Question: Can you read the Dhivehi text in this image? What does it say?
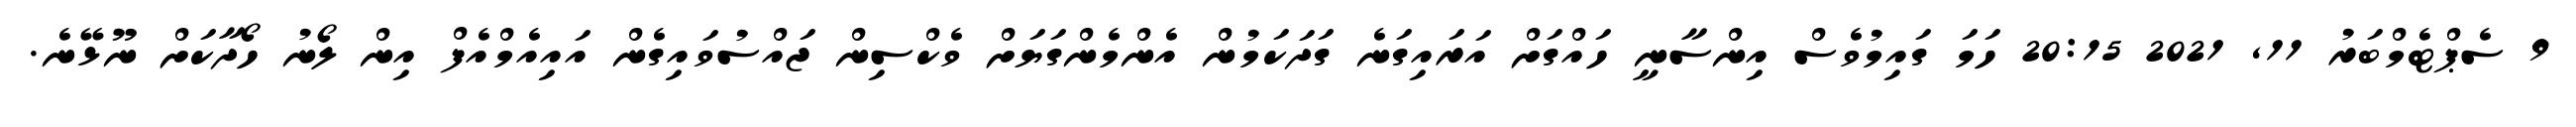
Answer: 9 ސެޕްޓެމްބަރު 11, 2021 20:15 ހަމަ ގައިމުވެސް އިންސާނީ ހައްގަށް އަރައިގަނެ ގަދަކަމުން އެންމެންގަޔަށް ވެކްސިން ޖައްސުވައިގެން އައިއެމްއެފް އިން ލޯނު ހޯދާކަށް ނޫޅޭނެ.